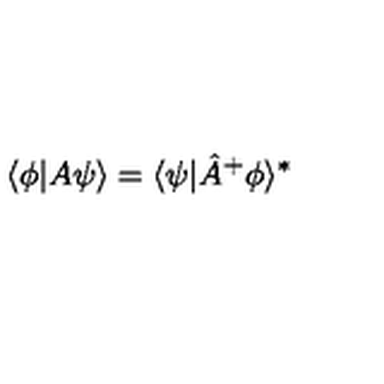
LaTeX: \langle \phi | A \psi \rangle = \langle \psi | \hat { A } ^ { + } \phi \rangle ^ { * }